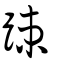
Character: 疎